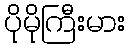
ပိုမိုကြီးမား